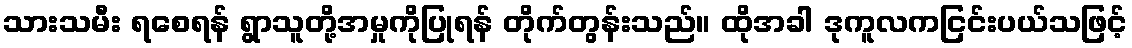
သားသမီး ရစေရန် ရွာသူတို့အမှုကိုပြုရန် တိုက်တွန်းသည်။ ထိုအခါ ဒုကူလကငြင်းပယ်သဖြင့်